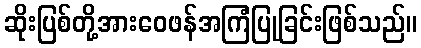
ဆိုးပြစ်တို့အားဝေဖန်အကြံပြုခြင်းဖြစ်သည်။